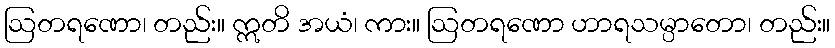
ဩတရဏော၊ တည်း။ ဣတိ အယံ၊ ကား။ ဩတရဏော ဟာရသမ္ပာတော၊ တည်း။